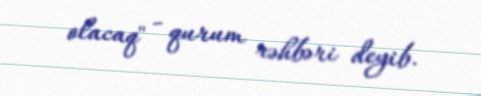
olacaq" - qurum rəhbəri deyib.